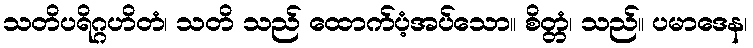
သတိပရိဂ္ဂဟိတံ၊ သတိ သည် ထောက်ပံ့အပ်သော။ စိတ္တံ၊ သည်။ ပမာဒေန၊